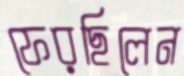
ফেরছিলেন